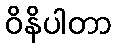
ဝိနိပါတာ